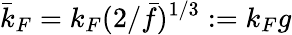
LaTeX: \bar{k}_{F}=k_{F}(2/\bar{f})^{1/3}:=k_{F}g